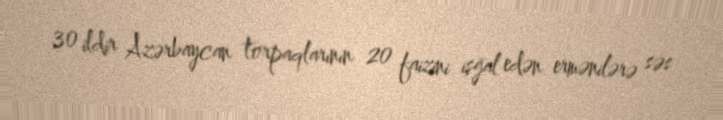
30 ildir Azərbaycan torpaqlarının 20 faizini işğal edən ermənilərə səs